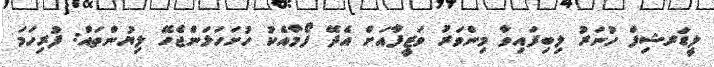
ލީޑަރޝިފް ހުނަރު ލިބިފައިވާ މިންވަރު ވަޒީފާއަށް އެދޭ ފޯމާއެކު ހުށަހަޅަންޖެހޭ ލިޔުންތައް: ފުރިހަމަ